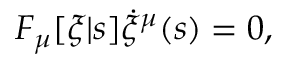
F _ { \mu } [ \xi | s ] \dot { \xi } ^ { \mu } ( s ) = 0 ,